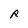
Character: R